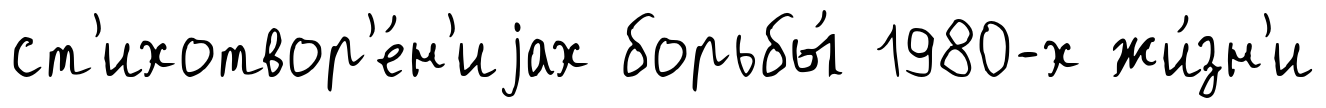
ст'ихотвор'е́н'иjах борьбы́ 1980-х жи́зн'и